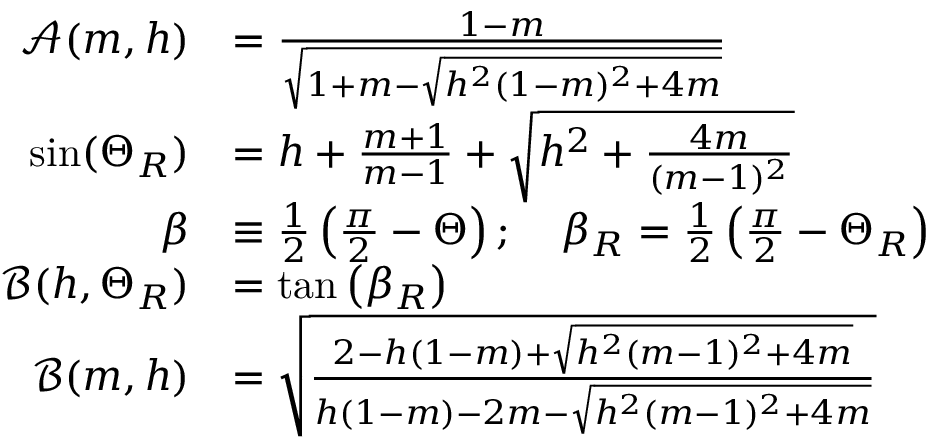
\begin{array} { r l } { \mathcal { A } ( m , h ) } & { = \frac { 1 - m } { \sqrt { 1 + m - \sqrt { h ^ { 2 } ( 1 - m ) ^ { 2 } + 4 m } } } } \\ { \sin ( \Theta _ { R } ) } & { = h + \frac { m + 1 } { m - 1 } + \sqrt { h ^ { 2 } + \frac { 4 m } { ( m - 1 ) ^ { 2 } } } } \\ { \beta } & { \equiv \frac { 1 } { 2 } \left( \frac { \pi } { 2 } - \Theta \right) ; \quad \beta _ { R } = \frac { 1 } { 2 } \left( \frac { \pi } { 2 } - \Theta _ { R } \right) } \\ { \mathcal { B } ( h , \Theta _ { R } ) } & { = \tan \left( \beta _ { R } \right) } \\ { \mathcal { B } ( m , h ) } & { = \sqrt { \frac { 2 - h ( 1 - m ) + \sqrt { h ^ { 2 } ( m - 1 ) ^ { 2 } + 4 m } } { h ( 1 - m ) - 2 m - \sqrt { h ^ { 2 } ( m - 1 ) ^ { 2 } + 4 m } } } } \end{array}